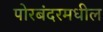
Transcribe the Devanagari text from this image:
पोरबंदरमधील